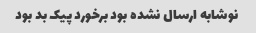
نوشابه ارسال نشده بود برخورد پیک بد بود